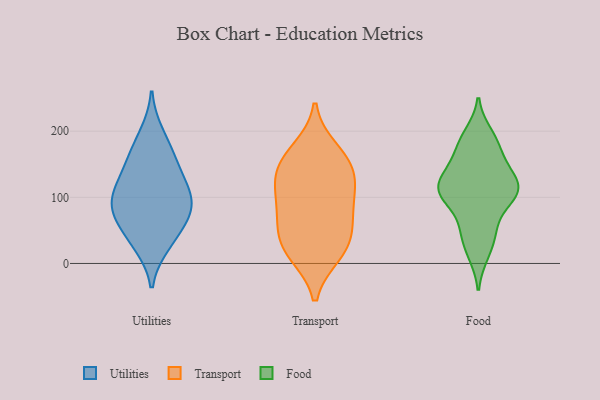
{"axis": {"x": "Humidity (%)", "y": "Value"}, "legend": ["Food", "Transport", "Utilities"], "data": [{"x": "", "y": 196, "type": "Utilities"}, {"x": "", "y": 131, "type": "Utilities"}, {"x": "", "y": 34, "type": "Utilities"}, {"x": "", "y": 80, "type": "Utilities"}, {"x": "", "y": 105, "type": "Utilities"}, {"x": "", "y": 69, "type": "Utilities"}, {"x": "", "y": 94, "type": "Utilities"}, {"x": "", "y": 121, "type": "Utilities"}, {"x": "", "y": 64, "type": "Utilities"}, {"x": "", "y": 164, "type": "Utilities"}, {"x": "", "y": 28, "type": "Utilities"}, {"x": "", "y": 92, "type": "Utilities"}, {"x": "", "y": 159, "type": "Utilities"}, {"x": "", "y": 63, "type": "Transport"}, {"x": "", "y": 152, "type": "Transport"}, {"x": "", "y": 122, "type": "Transport"}, {"x": "", "y": 95, "type": "Transport"}, {"x": "", "y": 130, "type": "Transport"}, {"x": "", "y": 25, "type": "Transport"}, {"x": "", "y": 54, "type": "Transport"}, {"x": "", "y": 171, "type": "Transport"}, {"x": "", "y": 22, "type": "Transport"}, {"x": "", "y": 91, "type": "Transport"}, {"x": "", "y": 151, "type": "Transport"}, {"x": "", "y": 15, "type": "Transport"}, {"x": "", "y": 105, "type": "Food"}, {"x": "", "y": 110, "type": "Food"}, {"x": "", "y": 120, "type": "Food"}, {"x": "", "y": 168, "type": "Food"}, {"x": "", "y": 43, "type": "Food"}, {"x": "", "y": 137, "type": "Food"}, {"x": "", "y": 86, "type": "Food"}, {"x": "", "y": 102, "type": "Food"}, {"x": "", "y": 116, "type": "Food"}, {"x": "", "y": 13, "type": "Food"}, {"x": "", "y": 51, "type": "Food"}, {"x": "", "y": 181, "type": "Food"}, {"x": "", "y": 143, "type": "Food"}, {"x": "", "y": 197, "type": "Food"}]}